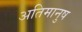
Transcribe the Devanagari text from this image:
अतिमानुष